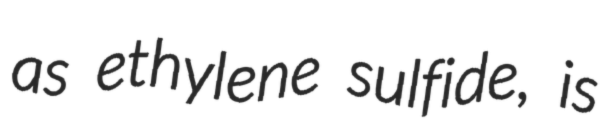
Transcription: as ethylene sulfide, is